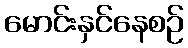
မောင်းနှင်နေစဉ်